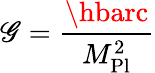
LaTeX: \mathscr{G}={\frac{{\hbarc}}{{M_{\mathrm{{Pl}}}^{2}}}}